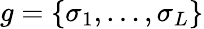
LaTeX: g=\{ \sigma_{1},\dots,\sigma_{L}\}